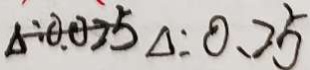
\Delta : 0 . 0 2 5 \Delta : 0 . 2 5